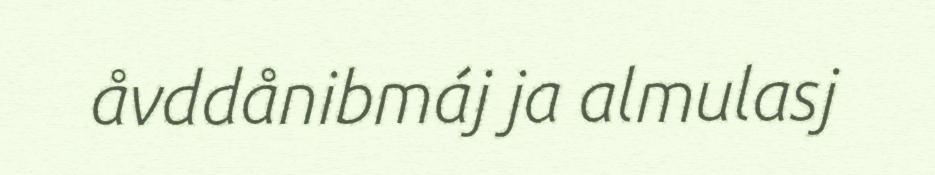
åvddånibmáj ja almulasj